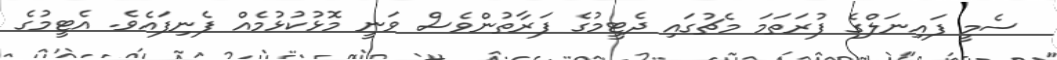
ސެމީ ފައިނަލްގެ ފުރަތަމަ މެޗުގައި ދެޓީމުގެ ފަރާތުންވެސް ވަނީ މޮޅުކުޅުމެއް ފެނިފައެވެ. އެޓީމުގެ